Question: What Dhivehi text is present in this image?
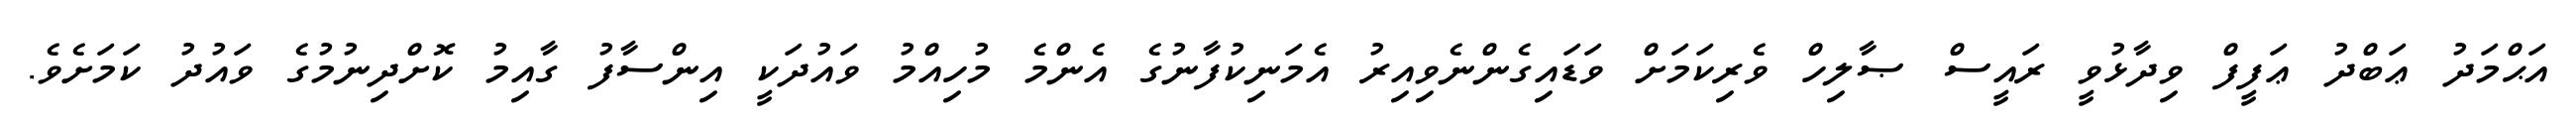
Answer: އަޙްމަދު ޢަބްދު ޢަފީފް ވިދާޅުވީ ރައީސް ޞާލިހް ވެރިކަމަށް ވަޑައިގެންނެވިއިރު އެމަނިކުފާނުގެ އެންމެ މުހިއްމު ވައުދަކީ އިންސާފު ގާއިމު ކޮށްދިނުމުގެ ވައުދު ކަމަށެވެ.